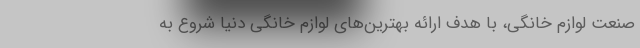
صنعت لوازم خانگی، با هدف ارائه بهترین‌های لوازم خانگی دنیا شروع به